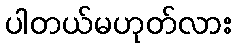
ပါတယ်မဟုတ်လား